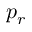
p _ { r }